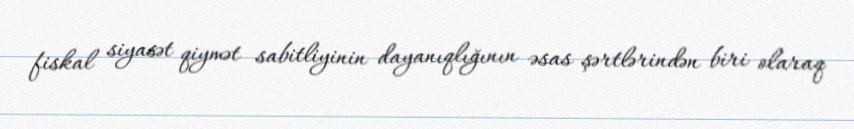
fiskal siyasət qiymət sabitliyinin dayanıqlığının əsas şərtlərindən biri olaraq